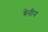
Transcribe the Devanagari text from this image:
बेनीन